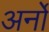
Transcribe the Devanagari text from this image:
अर्नो